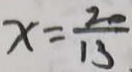
x = \frac { 2 0 } { 1 3 }